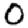
Digit: 0